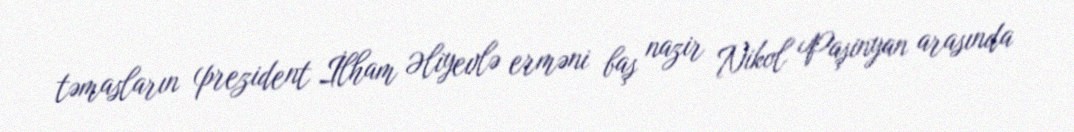
təmasların (prezident İlham Əliyevlə erməni baş nazir Nikol Paşinyan arasında